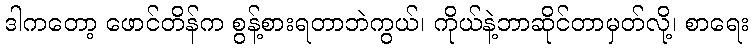
ဒါကတော့ ဖောင်တိန်က စွန့်စားရတာဘဲကွယ်၊ ကိုယ်နဲ့ဘာဆိုင်တာမှတ်လို့၊ စာရေး